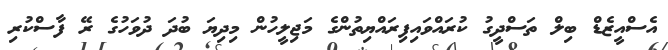
އެސްއީޒެޑް ބިލް ތަސްދީގު ކުރައްވައިފިރައްޔިތުންގެ މަޖިލީހުން މިދިޔަ ބުދަ ދުވަހުގެ ރޭ ފާސްކުރި